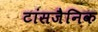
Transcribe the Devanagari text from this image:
टांसजैनिक